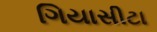
ગિયાસીટા